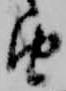
由